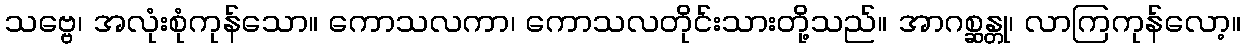
သဗ္ဗေ၊ အလုံးစုံကုန်သော။ ကောသလကာ၊ ကောသလတိုင်းသားတို့သည်။ အာဂစ္ဆန္တု၊ လာကြကုန်လော့။